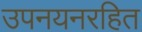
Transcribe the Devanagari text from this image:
उपनयनरहित